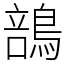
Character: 䳝